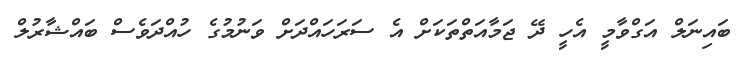
ބައިނަލް އަގްވާމީ އެހީ ދޭ ޖަމާއަތްތަކަށް އެ ސަރަހައްދަށް ވަނުމުގެ ހުއްދަވެސް ބައްޝާރުލް